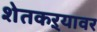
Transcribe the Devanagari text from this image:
शेतकऱ्यावर